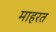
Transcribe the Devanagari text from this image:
माहरत